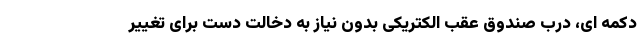
دکمه ای، درب صندوق عقب الکتریکی بدون نیاز به دخالت دست برای تغییر